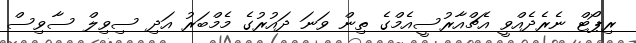
ރިޕޯޓް ނެރެދެއްވީ އެޗްއާރުސީއެމްގެ ތިން ވަނަ ދައުރުގެ މެމްބަރު އަދި ސިވިލް ސާވިސް